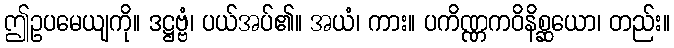
ဤဥပမေယျကို။ ဒဋ္ဌဗ္ဗံ၊ ပယ်အပ်၏။ အယံ၊ ကား။ ပကိဏ္ဏကဝိနိစ္ဆယော၊ တည်း။